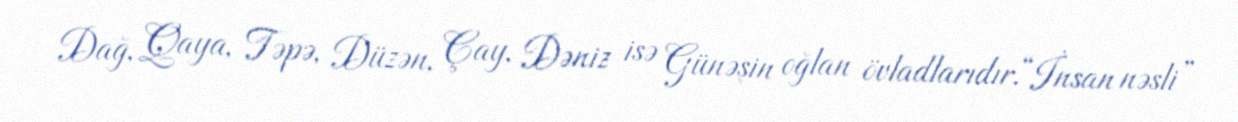
Dağ, Qaya, Təpə, Düzən, Çay, Dəniz isə Günəşin oğlan övladlarıdır.“İnsan nəsli”